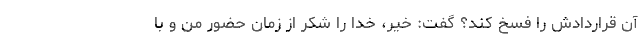
آن قراردادش را فسخ کند؟ گفت: خیر، خدا را شکر از زمان حضور من و با